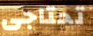
تحتاجى